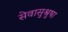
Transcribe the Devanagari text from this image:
सेवासुश्रुषा